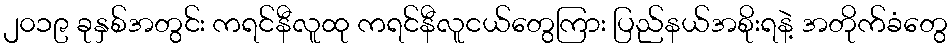
၂၀၁၉ ခုနှစ်အတွင်း ကရင်နီလူထု ကရင်နီလူငယ်တွေကြား ပြည်နယ်အစိုးရနဲ့ အတိုက်ခံတွေ